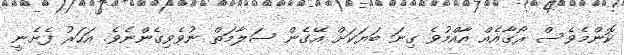
ކޮންމެވެސް ރޯގާއެއް އާއްމުވެ ގިނަ ބަޔަކަށް އޭގެން ސަލާމަތް ނުވެވިގެންނެވެ. އަހަރު ފެށެނީ